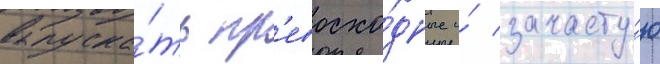
выпуска́ть пр'евосхо́дные и́ зачасту́ю